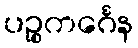
ပဉ္စကင်္ဂေန